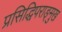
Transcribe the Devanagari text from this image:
प्रसिद्धिपराङ्‍मुख